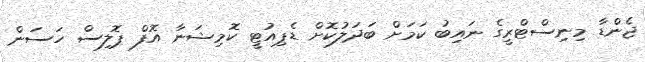
ޖެންޑާ މިނިސްޓްރީގެ ނައިބު ކަމަށް ބަދަލުކޮށް ޑެޕިއުޓީ ކޮމިޝަނާ އޮފް ޕޮލިސް ހަސަން